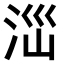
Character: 𣳺